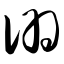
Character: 诩